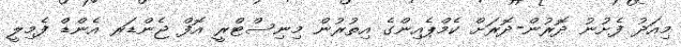
މިއަދު ފެށުނު ދޮރުން-ދޮރަށް ކެމްޕެއިންގެ އިތުރުން މިނިސްޓްރީ އޮފް ޖެންޑަރ އެންޑް ފެމިލީ